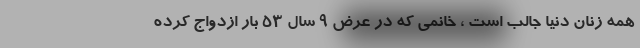
همه زنان دنیا جالب است ، خانمی که در عرض 9 سال 53 بار ازدواج کرده